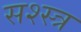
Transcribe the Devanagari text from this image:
सश्स्त्र